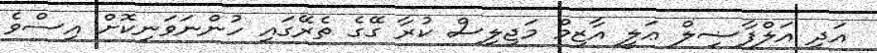
އަދި އަލްފާޟިލް ޢަލީ އާޒިމް މަޖިލިސް ކުރާ ގޭގެ ތެރޭގައި ހުންނަވަނިކޮށް އިސްވެ